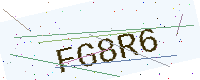
Text: FG8R6